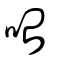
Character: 咍